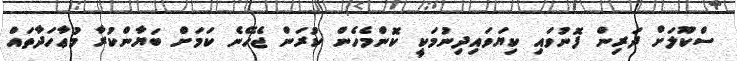
ސްކޫލަށް ދަރިން ފޮނުވައި ކިޔަވައިދިނުމަކީ ކޮންމެހެން ކުރަން ޖެހޭނެ ކަމަށް ބަޔާންކުރާ މުޢާހަދާތައް